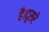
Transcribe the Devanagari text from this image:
है।दूसरे